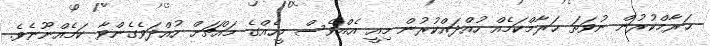
ޙަރާމްކުރުން ނުވަތަ ޙަރާމްކަމެއް ހުއްދައްކުރުން މިއީ އެއްވެސް މީހެއްގެ މައްޗަށް ހުއްދަވެގެންވާ ކަމެއްނޫނެވެ.